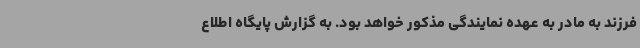
فرزند به مادر به عهده نمایندگی مذکور خواهد بود. به گزارش پایگاه اطلاع